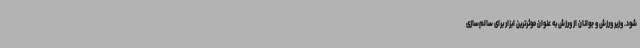
شود. وزیر ورزش و جوانان از ورزش به عنوان موثرترین ابزار برای سالم‌سازی